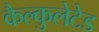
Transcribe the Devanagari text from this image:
कैल्कुलेटेड